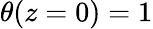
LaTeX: \theta(z=0)=1